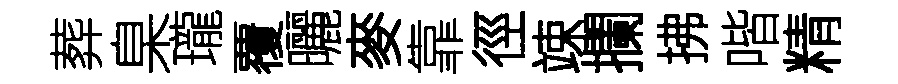
葬臬瓏覆曬麥靠徑竦攔拂喈精